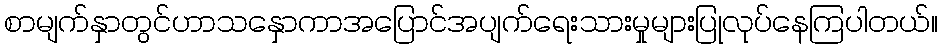
စာမျက်နှာတွင်ဟာသနှောကာအပြောင်အပျက်ရေးသားမှုများပြုလုပ်နေကြပါတယ်။